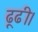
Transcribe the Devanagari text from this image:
ढूढी।